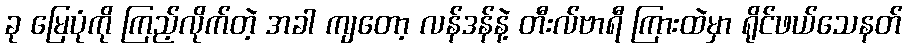
ခု မြေပုံကို ကြည့်လိုက်တဲ့ အခါ ကျတော့ လန်ဒန်နဲ့ တီးလ်ဗာရီ ကြားထဲမှာ ရိုင်ဖယ်သေနတ်